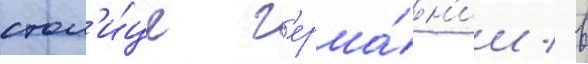
стол'и́це г'ерма́н'ии / в